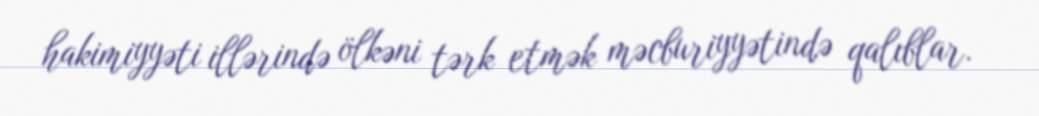
hakimiyyəti illərində ölkəni tərk etmək məcburiyyətində qalıblar.